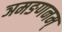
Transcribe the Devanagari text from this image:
ञमङणनम्